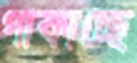
পাকাচ্ছে